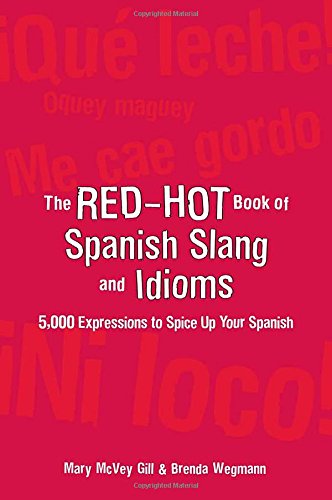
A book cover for The Red-Hot Book of Spanish Slang: 5,000 Expressions to Spice Up Your Spainsh; Mary McVey Gill; Reference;